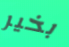
بخير